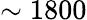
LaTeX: \sim 1800